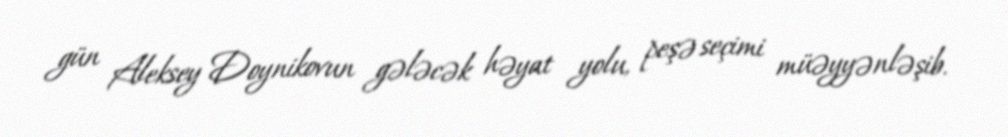
gün Aleksey Doynikovun gələcək həyat yolu, peşə seçimi müəyyənləşib.